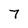
Character: 7